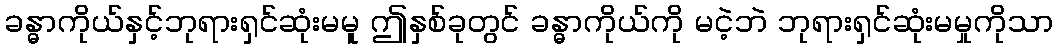
ခန္ဓာကိုယ်နှင့်ဘုရားရှင်ဆုံးမမူ ဤနှစ်ခုတွင် ခန္ဓာကိုယ်ကို မငဲ့ဘဲ ဘုရားရှင်ဆုံးမမှုကိုသာ